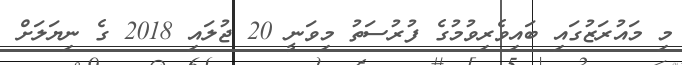
މި މައުރަޒުގައި ބައިވެރިވުމުގެ ފުރުސަތު މިވަނީ 20 ޖުލައި 2018 ގެ ނިޔަލަށް